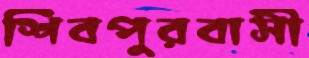
শিবপুরবাসী